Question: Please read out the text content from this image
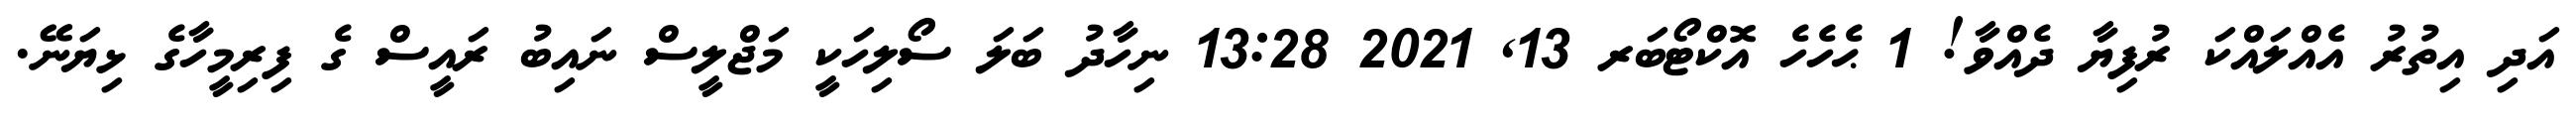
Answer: އަދި އިތުރު އެއްލައްކަ ރުފިޔާ ދެއްވާ! 1 ޙެހެހެ އޮކްޓޯބަރ 13, 2021 13:28 ނިހާދު ބަލަ ސޯލިހަކީ މަޖްލީސް ނައިބު ރައީސް ގެ ފިރިމީހާގެ ޅިޔަނޭ.